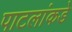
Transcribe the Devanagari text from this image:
पाटलांकडे